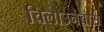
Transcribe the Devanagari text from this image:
चिलाउनेबास